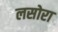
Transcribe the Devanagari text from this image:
लसोरा